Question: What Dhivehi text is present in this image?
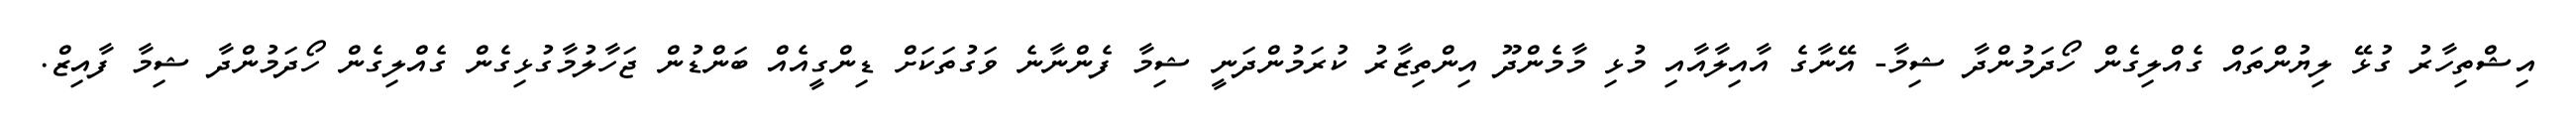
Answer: އިޝްތިހާރު ގުޅޭ ލިޔުންތައް ގެއްލިގެން ހޯދަމުންދާ ޝިމާ- އޭނާގެ އާއިލާއާއި މުޅި މާމެންދޫ އިންތިޒާރު ކުރަމުންދަނީ ޝިމާ ފެންނާނެ ވަގުތަކަށް ޑިންގީއެއް ބަންޑުން ޖަހާލުމާގުޅިގެން ގެއްލިގެން ހޯދަމުންދާ ޝިމާ ފާއިޒް.